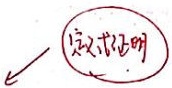
就求证明